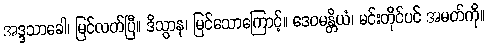
အဒ္ဒသာခေါ၊ မြင်လတ်ပြီ။ ဒိသွာန၊ မြင်သောကြောင့်။ ဒေဝမန္တိယံ၊ မင်းတိုင်ပင် အမတ်ကို။